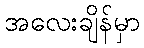
အလေးချိန်မှာ